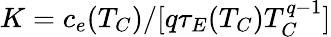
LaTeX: K=c_{e}(T_{C})/[q\tau_{E}(T_{C})T_{C}^{q-1}]